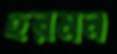
হরমন